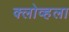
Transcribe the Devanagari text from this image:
क्लोव्हला